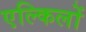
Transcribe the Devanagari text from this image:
एल्किलों